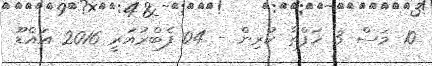
10 މަސް 3 ހަފްތާ ކުރިން - 04 ފެބްރުއަރީ 2016 އައްޑޫ